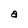
Character: a